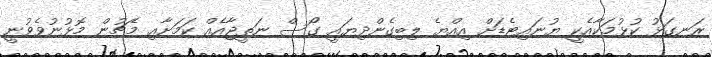
ރަނގަޅު ކުޅުމަކާއެކީ ޔުނައިޓެޑަށް އިއްޔެ ލިބިގެންދިޔައީ ގޯސް ނަތީޖާއެއް ކަމަށާއި މެޗުން މޮޅުނުވެވުނީ